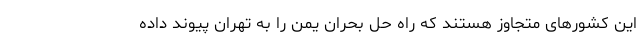
این کشورهای متجاوز هستند که راه حل بحران یمن را به تهران پیوند داده